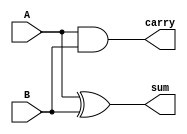
`timescale 1ns / 1ps
//////////////////////////////////////////////////////////////////////////////////
// Company: 
// Engineer: 
// 
// Design Name: 
// Module Name:    halfadderD 
// Project Name: 
// Target Devices: 
// Tool versions: 
// Description: 
//
// Dependencies: 
//
// Revision: 
// Revision 0.01 - File Created
// Additional Comments: 
//
//////////////////////////////////////////////////////////////////////////////////
module halfadderD(sum,carry,A,B
    );
input A,B;
output sum,carry;
assign sum=A^B;
assign carry=A&B;

endmodule